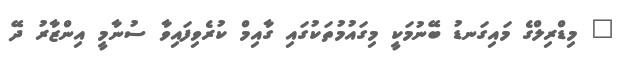
" މިޑްރިލްގެ މައިގަނޑު ބޭނުމަކީ މިގައުމުތަކުގައި ގާއިމް ކުރެވިފައިވާ ސުނާމީ އިންޒާރު ދޭ